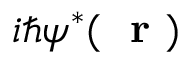
i \hbar \psi ^ { * } ( \mathrm { ~ \bf ~ r ~ } )